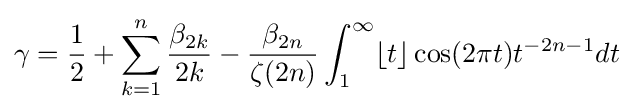
\gamma ={\frac {1}{2}}+\sum _{k=1}^{n}{\frac {\beta _{2k}}{2k}}-{\frac {\beta _{2n}}{\zeta (2n)}}\int _{1}^{\infty }\lfloor t\rfloor \cos(2\pi t)t^{-2n-1}dt